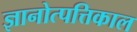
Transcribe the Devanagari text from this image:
ज्ञानोत्पत्तिकाल